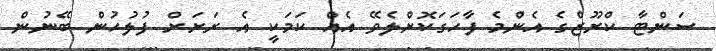
ސަންޓާ ކްރޫޒްގެ އެންމެ ފާހަގަކޮށްލެވޭ އެއް ކަމަކީ އެ ރަށަށް ފުލުހުން ބޭނުން